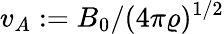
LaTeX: v_{A}:=B_{0}/(4\pi\varrho)^{1/2}